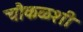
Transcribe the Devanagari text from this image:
चौकळशी